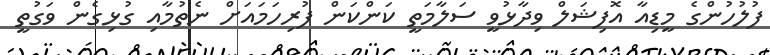
ފުލުހުންގެ މީޑިއާ އޮފިޝަލް ވިދާޅުވީ ސަލާމަތީ ކަންކަން ފުރިހަމައަށް ނެތުމާއި ގުޅިގެން ވަގުތީ